Lock hospitals Punjab
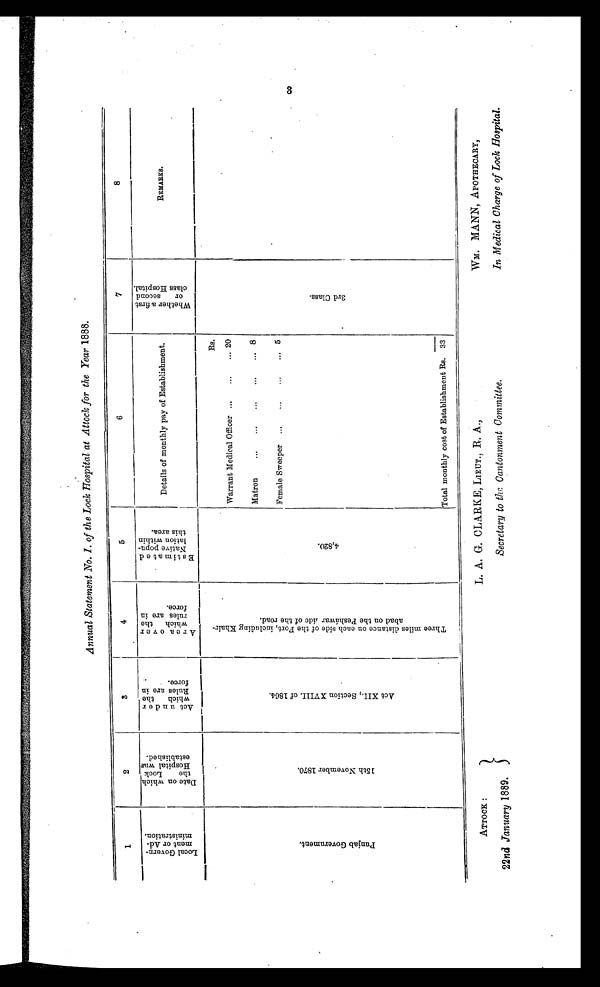
ATTOCK
22nd January 1889.
L. A. G. CLARKE, LIEUT., R. A.,
Secretary to the Cantonment Committee.
Wm. MANN, APOTHECARY,
In Medical Charge of Lock Hospital.
Annual Statement No. 1. of the Lock Hospital at Attock for the Year 1888.
1
2
3
4
5
6
7
8
L o c a l G o v e r n -
m e n t o r A d -
m i n i s t r a t i o n .
D a t e o n w h i c h
t h e L o c kH
o s p i t a l w a se
s t a b l i s h e d .
A c t u n d e r
w h i c h t h e
R u l e s a r e i n f o r c e .
A r e a o v e r
w h i c h t h e
r u l e s a r e i n
f o r c e .
E s t i m a t e d
N a t i v e p o p u -
l a t i o n w i t h i n
t h i s a r e a .
Details of monthly pay of Establishment.
W h e t h e r a f i r s t o r s e c o n d
c l a s s H o s p i t a l .
REMARKS.
P u n j a b G o v e r n m e n t .
1 5 t h N o v e m b e r 1 8 7 0 .
A c t X I I . , S e c t i o n X V I I I . o f 1 8 6 4 .
T h r e e m i l e s d i s t a n c e o n e a c h s i d e o f t h e F o r t , i n c l u d i n g
a b a d o n t h e P e s h á w a r s i d e o f t h e r o a d .
4 , 8 2 0 .
Rs.
3 r d C l a s s .
Warrant Medical Officer ...
...
... 20
Matron
...
...
...
...
... 8
Female Sweeper
...
...
...
... 5
Total monthly cost of Establishment Rs.
____
33